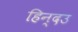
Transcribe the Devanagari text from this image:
हिन्दउ